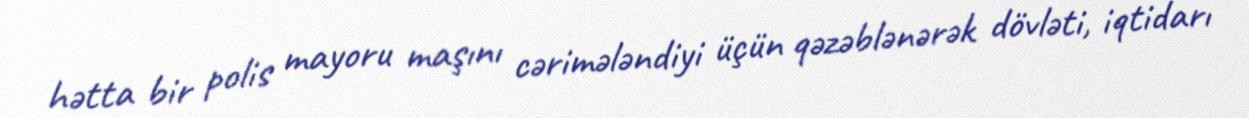
hətta bir polis mayoru maşını cərimələndiyi üçün qəzəblənərək dövləti, iqtidarı